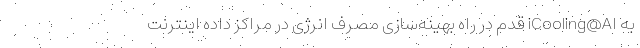
به iCooling@AI قدم در راه بهینه‌سازی مصرف انرژی در مراکز داده اینترنت